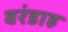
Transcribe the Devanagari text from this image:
वरंडाह